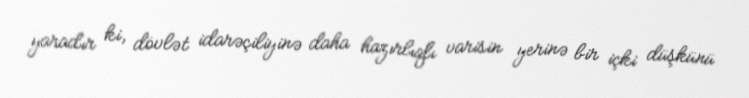
yaradır ki, dövlət idarəçiliyinə daha hazırlıqlı varisin yerinə bir içki düşkünü